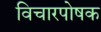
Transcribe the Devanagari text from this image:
विचारपोषक